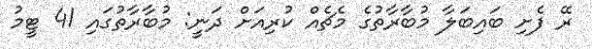
ރޭ ފެށި ބައިބަލާ މުބާރާތުގެ މެޗެއް ކުރިއަށް ދަނީ: މުބާރާތުގައި 41 ޓީމު